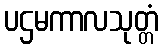
ပဌမကာလသုတ္တံ